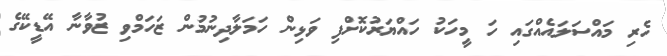
ހެރި މައްސަލައެއްގައި ހަ މީހަކު ހައްޔަރުކޮށްފި ވަޅިން ހަމަލާދިނުމުން ޒަހަމްވި ޒުވާނާ އޭޑީކޭގެ